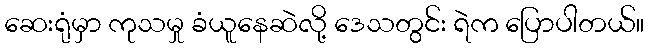
ဆေးရုံမှာ ကုသမှု ခံယူနေဆဲလို့ ဒေသတွင်း ရဲက ပြောပါတယ်။